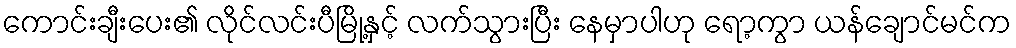
ကောင်းချီးပေး၏ လိုင်လင်းပီမြို့နှင့် လက်သွားပြီး နေမှာပါဟု ရော့ကွာ ယန်ချောင်မင်က